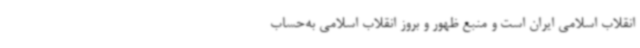
انقلاب اسلامی ایران است و منبع ظهور و بروز انقلاب اسلامی به‌حساب